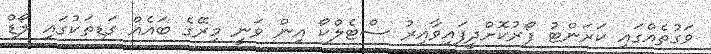
ވަގުތެއްގައި ކަރަންޓު ފޯރުކޮށްދީފައިވާއިރު ސްޓެލްކޯ އިން ވަނީ މިރޭގެ ބައެއް ގަޑިތަކުގައި ލޯޑް